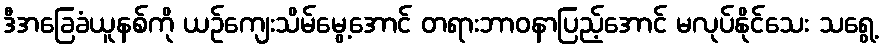
ဒီအခြေခံယူနစ်ကို ယဉ်ကျေးသိမ်မွေ့အောင် တရားဘာဝနာပြည့်အောင် မလုပ်နိုင်သေး သရွေ့